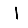
Digit: 1